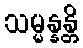
သမ္မန္နန္တိ